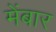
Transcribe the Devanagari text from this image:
मेंबार